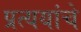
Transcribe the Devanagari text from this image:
प्रत्ययांचे